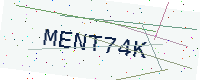
Text: MENT74K